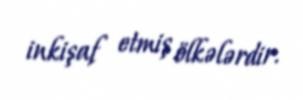
inkişaf etmiş ölkələrdir.